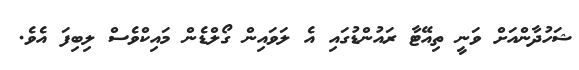
ޝަހުދާންއަށް ވަނީ ތިއޭޓާ ރައުންޑުގައި އެ ލަވައިން ގޯލްޑެން މައިކްވެސް ލިބިފަ އެވެ.